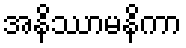
အနိဿာမနိကာ